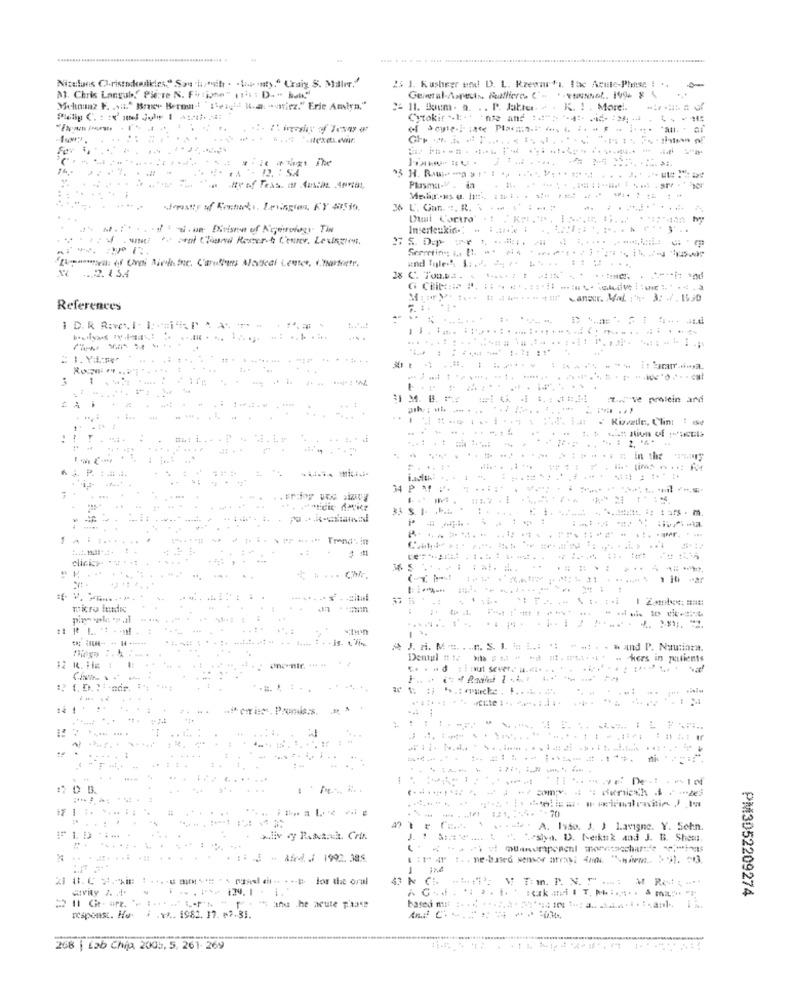
Niteluns Cristodoulicles." Sau hafif . . Wp "aty," Uraiy S. Maler."
25 J. Kusheer und D. L. Rzewarts, lac Acute-Piense : .,
M. Chris Langub," Pierre N. Fitione" (ii: D. " ball!
2 11. Boum. a. .. P. Jable. . . K. ! . More !.
Cytokir SE :. . inte and
Fev
'. 12.
. .. .
Ity of Text or dusar ova
Plasma -. da
36 L'. Gar. .. R ..
--
Dul Cortra'
Insertcukin.
Zumpomoci: of Uroi Nieline. Cardfinans Matteal Lenter, i. harfortr.
......
1.2. 1 54
28 C Ton.p ..
anser. Mal 1 3: 7.1530
References
1.
1 D. R Rovet. 1 - 1: "i "
...... .......
...
..
.. . .....
----
......
1
:. "ve protein and
..
144
In the
J. P. :...
34
.....
Pr .. . " Trends in
.....
. .... C.
micro Itadec
- is. t. ti
-
A J. n. M .... ... n. S.1
. & and P. Nautinta.
Dentpl tt te
Hers in patients
ut Se
. . .. .
.. .... .
1
...
+ 70
... .. . . .
. A. Isso. J. J Lavigne. Y. Schn.
FID
".syn. D. Heikuk and J. B. Shem.
.....
.. ..
43
PM3052209274
15 and the acute phase
respenst. Ho + 141982.17 1731.
268 | Lab Chija, 2005, 5, 261- 269